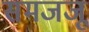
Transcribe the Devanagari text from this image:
समजजू